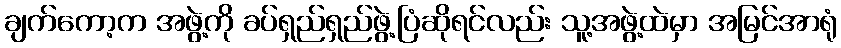
ချက်ကော့က အဖွဲ့ကို ခပ်ရှည်ရှည်ဖွဲ့ပြံဆိုရင်လည်း သူ့အဖွဲ့ထဲမှာ အမြင်အာရုံ